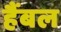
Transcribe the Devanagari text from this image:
हैंबल